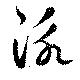
詠